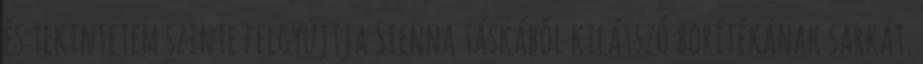
és tekintetem szinte felgyújtja Sienna táskából kilátszó borítékának sarkát.